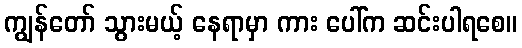
ကျွန်တော် သွားမယ့် နေရာမှာ ကား ပေါ်က ဆင်းပါရစေ။